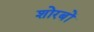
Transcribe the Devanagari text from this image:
शोरबों